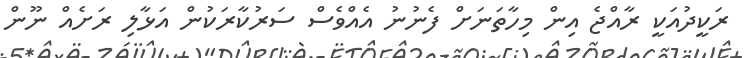
ރަކީދުއަކީ ރާއްޖެ އިން މިހާތަނަށް ފެނުނު އެއްވެސް ސަރުކާރަކުން އަޅާލި ރަށެއް ނޫން